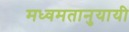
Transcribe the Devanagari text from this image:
मध्वमतानुयायी